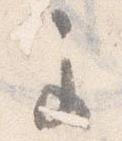
主